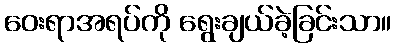
ဝေးရာအရပ်ကို ရွေးချယ်ခဲ့ခြင်းသာ။